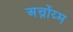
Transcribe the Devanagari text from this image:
अच्रोंय्म